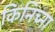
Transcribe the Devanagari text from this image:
किनिच्ना